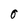
Character: O